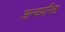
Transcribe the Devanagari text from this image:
अन्वयनिष्ठ